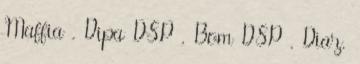
Maffia , Dipa DSP , Bom DSP , Diaz,